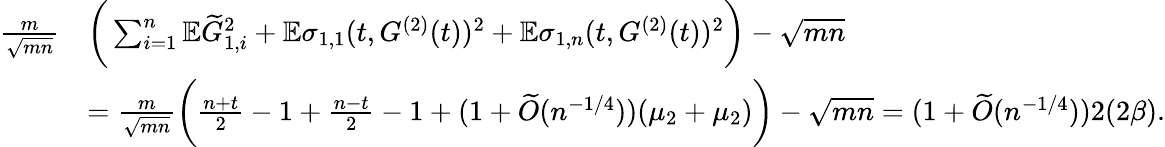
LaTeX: \begin{array}{rl}{\frac{m}{\sqrt{mn}}}&{\bigg(\sum_{i=1}^{n}\mathbb{E}\widetilde{G}_{1,i}^{2}+\mathbb{E}\sigma_{1,1}(t,G^{(2)}(t))^{2}+\mathbb{E}\sigma_{1,n}(t,G^{(2)}(t))^{2}\bigg)-\sqrt{mn}}\\ &{=\frac{m}{\sqrt{mn}}\bigg(\frac{n+t}{2}-1+\frac{n-t}{2}-1+(1+\widetilde{O}(n^{-1/4}))(\mu_{2}+\mu_{2})\bigg)-\sqrt{mn}=(1+\widetilde{O}(n^{-1/4}))2(2\beta).}\end{array}